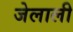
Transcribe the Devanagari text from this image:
जेलाली